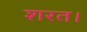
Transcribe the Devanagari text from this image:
शरत।